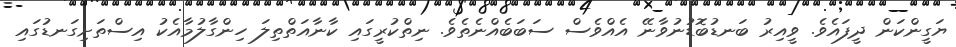
ޔަގީންކަން ދީފައެވެ. ވީއިރު ބަނޑުބޮޑުނުވާނޭ އެއްވެސް ސަބަބެއްނެތެވެ. ނިތްކުރީގައި ކާނާއަތްތިލަ ހިންގާލުމާއެކު އިސްތަށިގަނޑުގައި